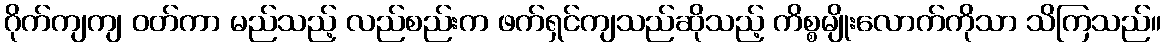
ဂိုက်ကျကျ ဝတ်ကာ မည်သည့် လည်စည်းက ဖက်ရှင်ကျသည်ဆိုသည့် ကိစ္စမျိုးလောက်ကိုသာ သိကြသည်။